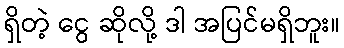
ရှိတဲ့ ငွေ ဆိုလို့ ဒါ အပြင်မရှိဘူး။